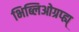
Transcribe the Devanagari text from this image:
भिब्लिओग्रप्ह्य्